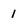
Character: 1